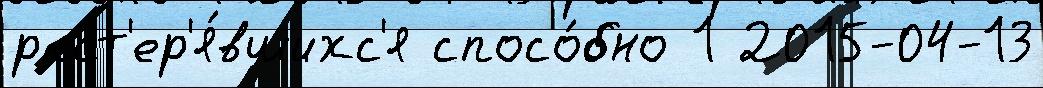
раст'ер'я́вшихс'я спосо́бно 1 2015-04-13